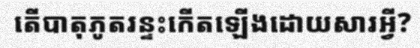
តើបាតុភូតរន្ទះកើតឡើងដោយសារអ្វី?